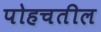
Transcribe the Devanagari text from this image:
पोहचतील